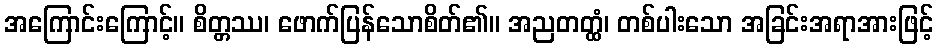
အကြောင်းကြောင့်။ စိတ္တဿ၊ ဖောက်ပြန်သောစိတ်၏။ အညတတ္ထံ၊ တစ်ပါးသော အခြင်းအရာအားဖြင့်